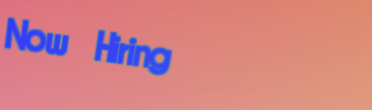
Now Hiring